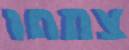
צמחו